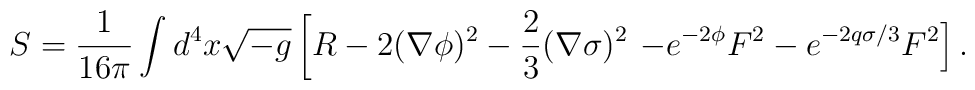
S =\frac{1}{16\pi} \int d^4 x\sqrt{-g}\left [R-2(\nabla \phi)^2-   \frac{2}{3}(\nabla \sigma )^2  \right.  \left.-e^{-2\phi}F^2-e^{-2q\sigma/3}F^2 \right ].